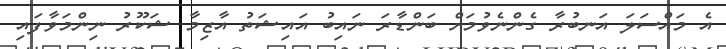
އެ މައްސަލަ އަނބުރާ ގެންނެވުމަށް ބަންޑާރަ ނައިބު އައިޝަތު އާޒިމާ ޝަކޫރު ނިންމަވާފައި